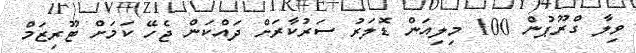
ވިލާ ގްރޫޕުން 100 މިލިއަން ޑޮލަރު ސަރުކާރަށް ދައްކަން ޖެހޭ ކަމަށް ޓޫރިޒަމް